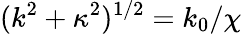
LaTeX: (k^{2}+\kappa^{2})^{1/2}=k_{0}/\chi